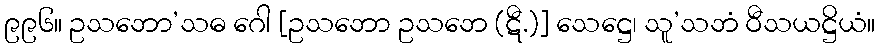
၉၉၆။ ဥသဘော’သဓ ဂေါ [ဥသဘော ဥသဘေ (ဋီ.)] သေဋ္ဌေ၊ သူ’သဘံ ဝီသယဋ္ဌိယံ။